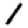
Digit: 1